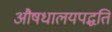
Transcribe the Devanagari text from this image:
औषधालयपद्धति